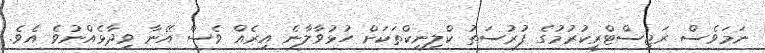
ނަމަވެސް ރަޖިސްޓްރީކުރުމުގެ ފުރުސަތު ކްލިނިކްތަކަށް ހުޅުވާލާނެ އިރެއް ވެސް އޭނާ ވިދާޅެއްނުވެ އެވެ.